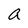
Character: a